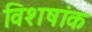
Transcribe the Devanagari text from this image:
विशषांक